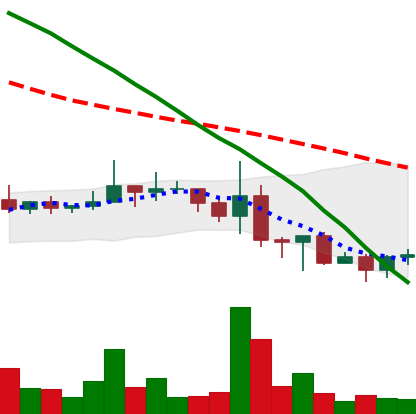
Ticker: NEO-USD
Chart end date: 2022-06-20
Forward return: 6.12%
Label: up_5_7